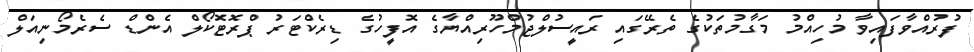
ފުރުއްވާފައިވާ މުހިއްމު މަގާމުތަކުގެ ތެރޭގައި ރައީސުލްޖުމްހޫރިއްޔާގެ އޮފީހުގެ ޑިރެކްޓަރު ޕްރޮޓޮކޯލް އެންޑް ސެރެމޯނިއަލް